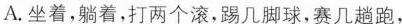
A.坐着，躺着，打两个滚，踢几脚球，赛几趟跑，